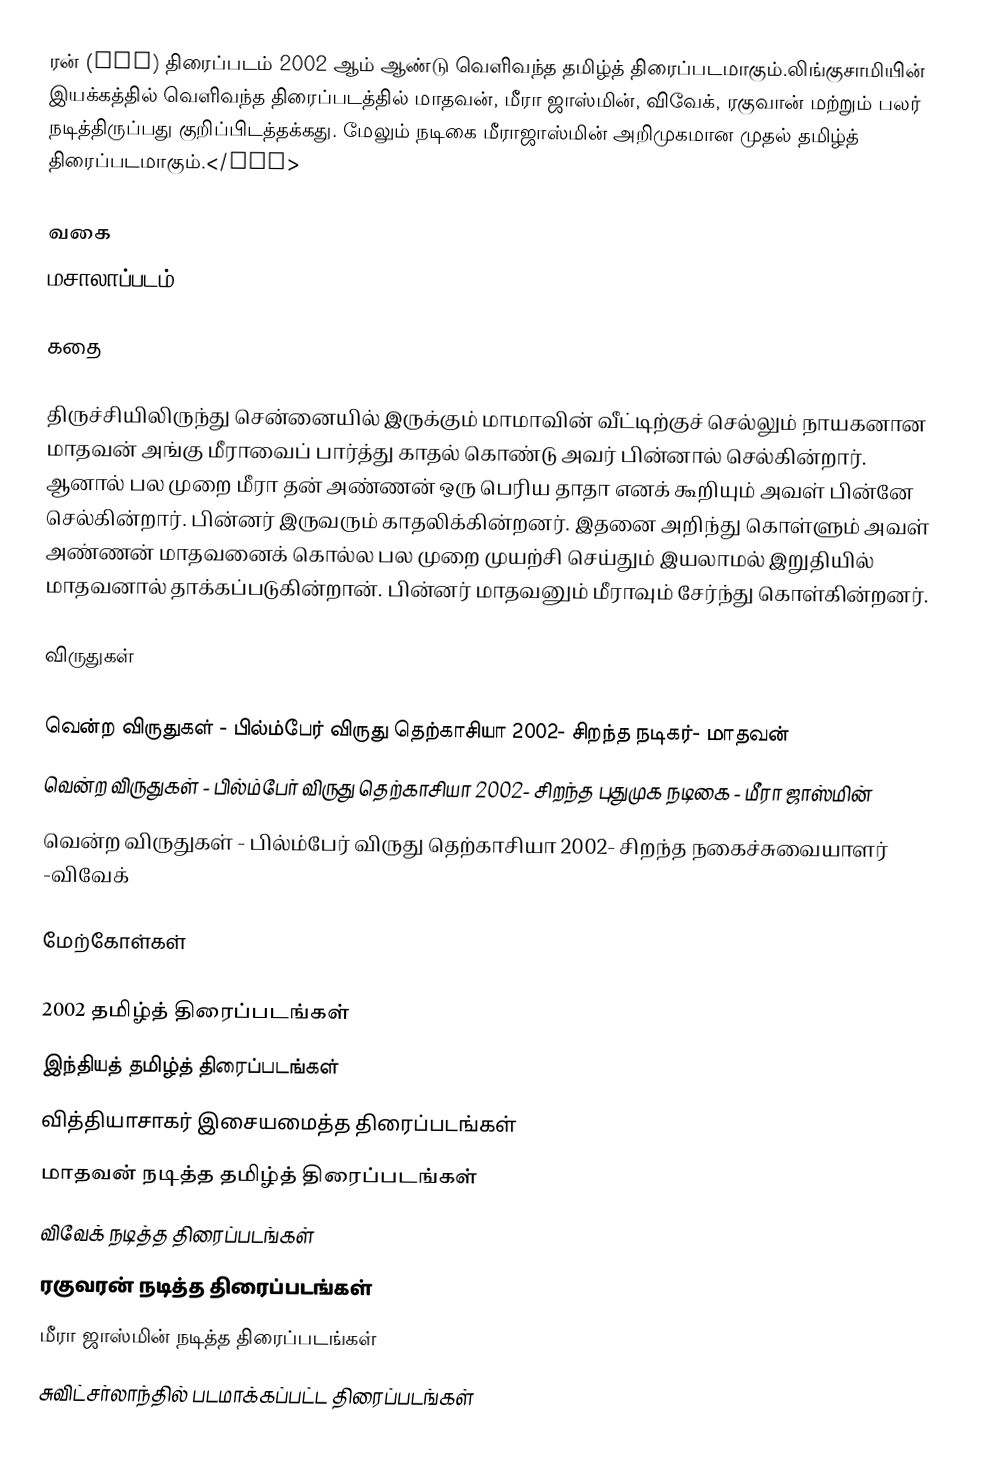
ரன் (Run) திரைப்படம் 2002 ஆம் ஆண்டு வெளிவந்த தமிழ்த் திரைப்படமாகும்.லிங்குசாமியின் இயக்கத்தில் வெளிவந்த திரைப்படத்தில் மாதவன், மீரா ஜாஸ்மின், விவேக், ரகுவான் மற்றும் பலர் நடித்திருப்பது குறிப்பிடத்தக்கது. மேலும் நடிகை மீராஜாஸ்மின் அறிமுகமான முதல் தமிழ்த்  திரைப்படமாகும்.</ref>

வகை
மசாலாப்படம்

கதை

திருச்சியிலிருந்து சென்னையில் இருக்கும் மாமாவின் வீட்டிற்குச் செல்லும் நாயகனான மாதவன் அங்கு மீராவைப் பார்த்து காதல் கொண்டு அவர் பின்னால் செல்கின்றார். ஆனால் பல முறை மீரா தன் அண்ணன் ஒரு பெரிய தாதா எனக் கூறியும் அவள் பின்னே செல்கின்றார். பின்னர் இருவரும் காதலிக்கின்றனர். இதனை அறிந்து கொள்ளும் அவள் அண்ணன் மாதவனைக் கொல்ல பல முறை முயற்சி செய்தும் இயலாமல் இறுதியில் மாதவனால் தாக்கப்படுகின்றான். பின்னர் மாதவனும் மீராவும் சேர்ந்து கொள்கின்றனர்.

விருதுகள்

வென்ற விருதுகள் - பில்ம்பேர் விருது தெற்காசியா 2002- சிறந்த நடிகர்- மாதவன்
வென்ற விருதுகள் - பில்ம்பேர் விருது தெற்காசியா 2002- சிறந்த புதுமுக நடிகை - மீரா ஜாஸ்மின்
வென்ற விருதுகள் - பில்ம்பேர் விருது தெற்காசியா 2002- சிறந்த நகைச்சுவையாளர் -விவேக்

மேற்கோள்கள்

2002 தமிழ்த் திரைப்படங்கள்
இந்தியத் தமிழ்த் திரைப்படங்கள்
வித்தியாசாகர் இசையமைத்த திரைப்படங்கள்
மாதவன் நடித்த தமிழ்த் திரைப்படங்கள்
விவேக் நடித்த திரைப்படங்கள்
ரகுவரன் நடித்த திரைப்படங்கள்
மீரா ஜாஸ்மின் நடித்த திரைப்படங்கள்
சுவிட்சர்லாந்தில் படமாக்கப்பட்ட திரைப்படங்கள்